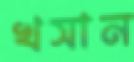
খসান